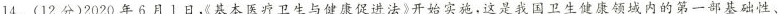
14.(12分)2020年6月1日，《基本医疗卫生与健康促进法》开始实施，这是我国卫生健康领域内的第一部基础性、